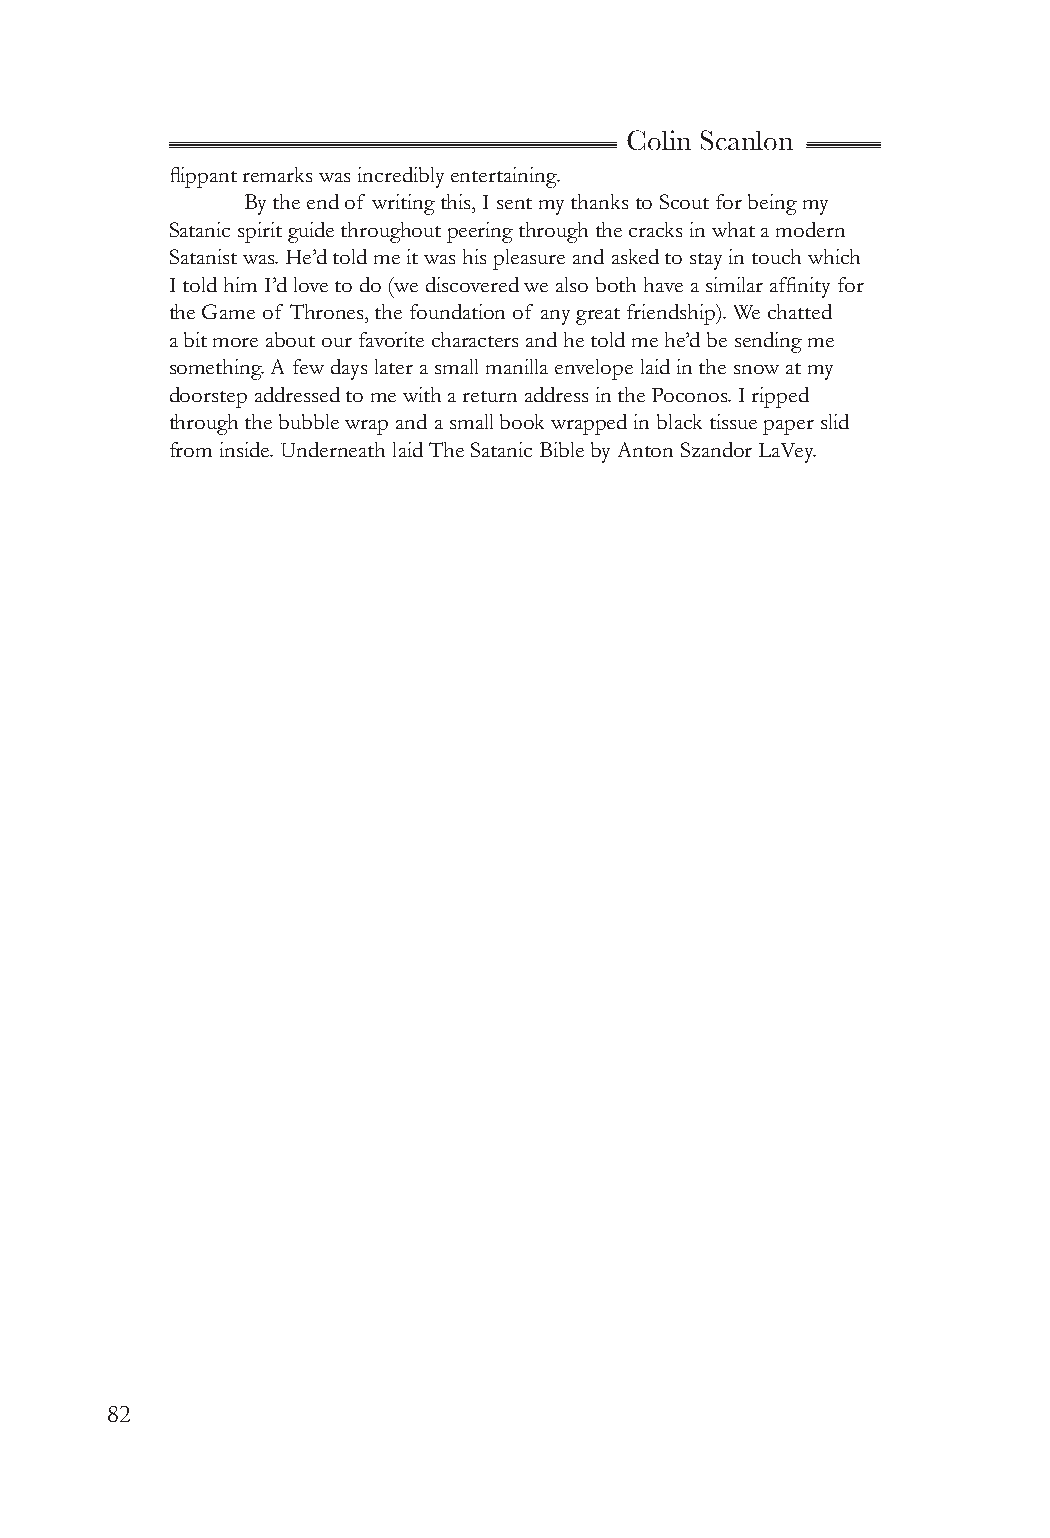
Colin Scanlon
 flippant remarks was incredibly entertaining.
 By the end of writing this, I sent my thanks to Scout for being my
 Satanic spirit guide throughout peering through the cracks in what a modern
 Satanist was. He’d told me it was his pleasure and asked to stay in touch which
 I told him I’d love to do (we discovered we also both have a similar affinity for
 the Game of Thrones, the foundation of any great friendship). We chatted
 a bit more about our favorite characters and he told me he’d be sending me
 something. A few days later a small manilla envelope laid in the snow at my
 doorstep addressed to me with a return address in the Poconos. I ripped
 through the bubble wrap and a small book wrapped in black tissue paper slid
 from inside. Underneath laid The Satanic Bible by Anton Szandor LaVey.
 82